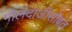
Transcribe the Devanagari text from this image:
गोलंदाजीसोबत